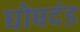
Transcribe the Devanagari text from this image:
घोषदंड